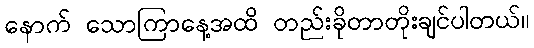
နောက် သောကြာနေ့အထိ တည်းခိုတာတိုးချင်ပါတယ်။